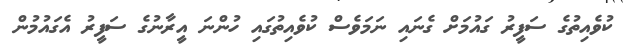
ކުވެއިތުގެ ސަފީރު ގައުމަށް ގެނައި ނަމަވެސް ކުވެއިތުގައި ހުންނަ އީރާނުގެ ސަފީރު އެގައުމުން